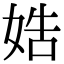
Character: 𡜲